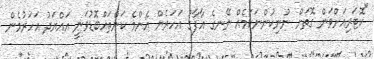
"ކޮޓަރިއަށްވަން ގޮތަށް ނުނިކުންނަކަމެއް ނޭނގެ އާފާގު އަހަރެން އެންމެ ކަންތައްބޮޑުވަނީ އައްޔަދު އަހަރުމެން